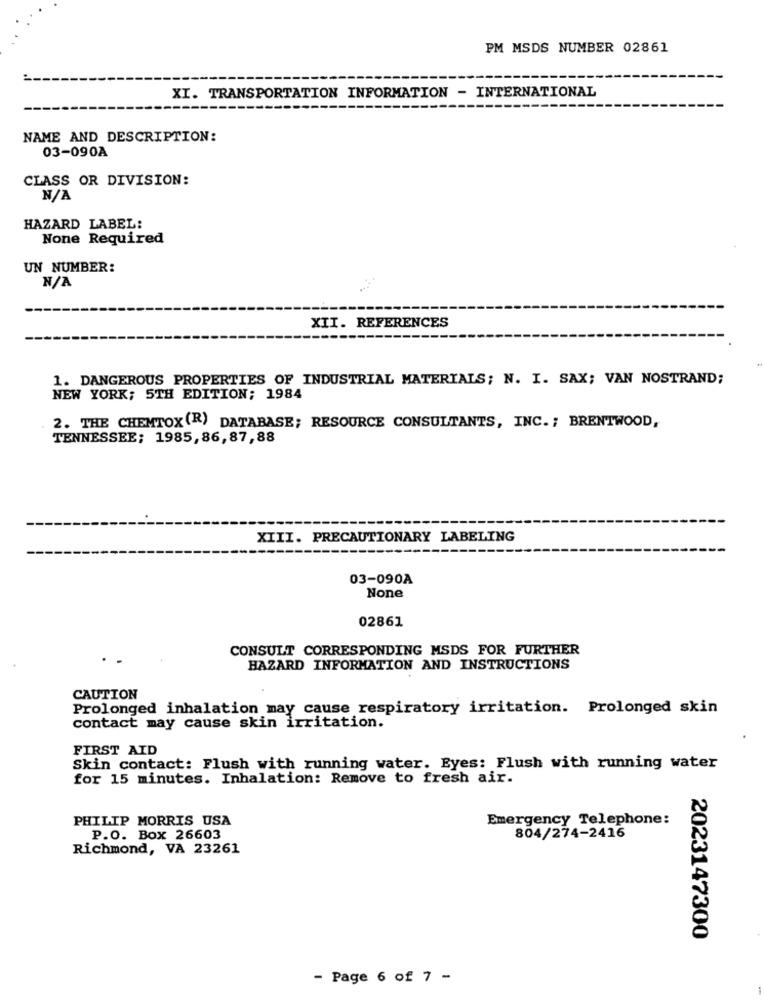
PM MSDS NUMBER 02861
XI. TRANSPORTATION INFORMATION - INTERNATIONAL
NAME AND DESCRIPTION:
03-090A
CLASS OR DIVISION:
HAZARD LABEL:
None Required
UN NUMBER:
XII. REFERENCES
1. DANGEROUS PROPERTIES OF INDUSTRIAL MATERIALS; N. I. SAX; VAN NOSTRAND;
NEW YORK; 5TH EDITION; 1984
2. THE CHEMTOX(R) DATABASE; RESOURCE CONSULTANTS, INC. ; BRENTWOOD,
TENNESSEE; 1985,86,87,88
XIII. PRECAUTIONARY LABELING
03-090A
02861
CONSULT CORRESPONDING MSDS FOR FURTHER
HAZARD INFORMATION AND INSTRUCTIONS
CAUTION
Prolonged inhalation may cause respiratory irritation. Prolonged skin
contact may cause skin irritation.
FIRST AID
Skin contact: Flush with running water. Eyes: Flush with running water
for 15 minutes. Inhalation: Remove to fresh air.
PHILIP MORRIS USA
Emergency Telephone:
P.O. Box 26603
804/274-2416
Richmond, VA 23261
2023147300
- Page 6 of 7 -